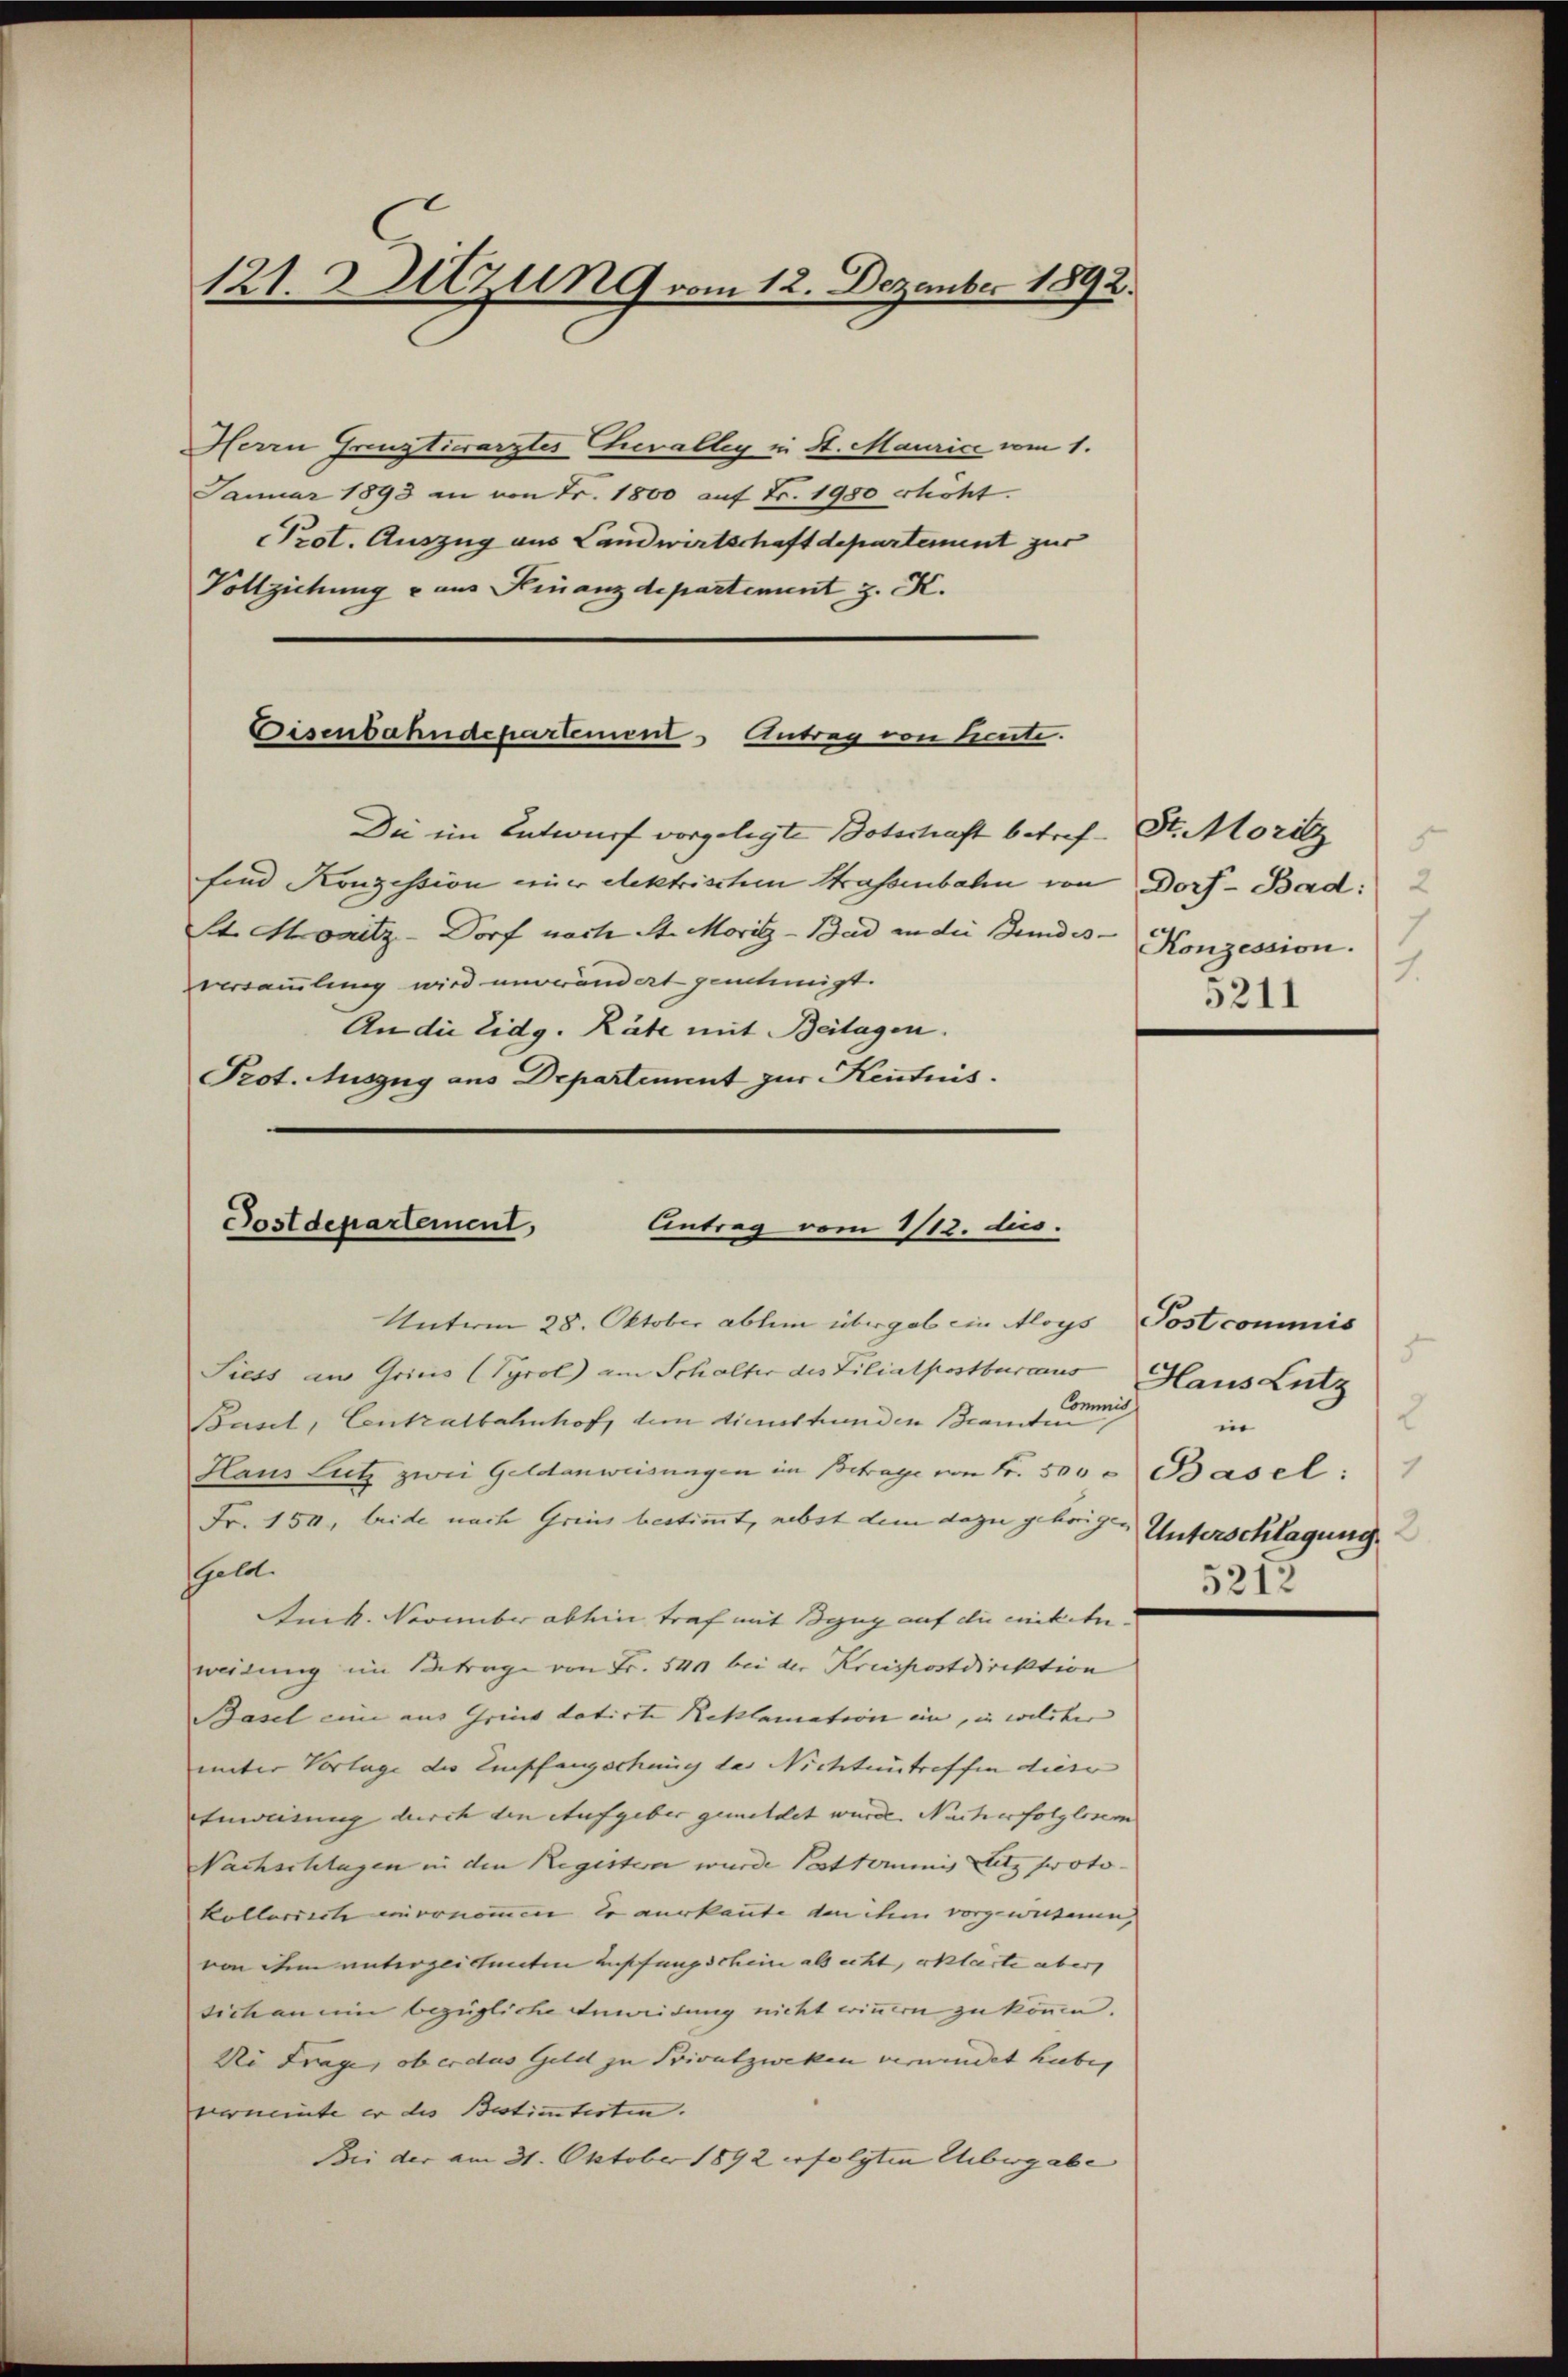
121. Sitzung vom 12. Dezember 1892.

Herrn Greuztierarztes Chevalley in St. Maurice vom 1.
Januar 1893 an von Fr. 1800 auf Fr. 1980 erhöht.
Prot. Auszug aus Landwirtschaft departement zur
Vollziehung - aus Finanzdepartement z. K.

Die im Entwurf vorgelegte Botschaft betrefsind Konzession einer Aektrischen Strassenbahn von Dorf- Bad:
St. Monitz-Dorf nach St. Moritz - Bad an die Bundes. |
versammlung wird unverändert genehmigt.
An die Eidg. Räte mit Beilagen.
Prot. Auszug aus Departement zur Kenntnis.

Eisenbahndepartement Antrag von heute.

Postdepartement,
Antrag vom 1/12. ds.

St. Moritz
Konzession.
1.

Unterm 28. Oktober ablem übergab ein Aloys Post commis
Siess au Grius (Pyrol am Schalter des Lilialpostbureaus Glaus Lutz
Commiss
Basel, Centralbahnhof, dem dienstunden Beamten,
Haus Lutz zwei Geldanweisungen im Betrage von Fr. 500. Basel.
Fr. 150, beide nach Gries bestimmt, nebst dem dazu gehörigen Unterschlagung,
sgeld.
Amck. November absein traf mit Bezug auf die entite-
weisung im Betrage von Fr. 540 bei der Kreispostdirektion
Basel eine aus Gries datirte Reklamation ein, in welcher |
unter Vorlage die Empfangschung des Nichtentreffen dieser
Enweisung durch den Aufgeber gemeldet wurde. Nach erfolglosem
Nachschlagen in den Registern wurde Postkommis Sitz proto- |
kollerierte einernommen, so verkannte den ihm vorgewissenen,
von ihm unterzeichneten Auffangschein als echt, erklärte aber
sich an ein bezügliche Anweidung nicht einern zu können.
Di Frage, ob er das Geld zu Privatzweken vermindet hiebe,
verneinte er die Bestimmterten.
Bei der am 31. Oktober 1892 erfolgten Uibergabe |

5211

2
in
5212